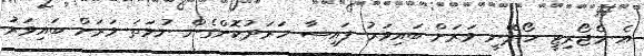
އެ މެޖޯރިޓީ ހޯދޭނީ ވަރަށް ބައިވަރު ފައިސާ ހަރަދުކޮށްގެން ނުވަތަ ވަރަށް ބައިވަރު